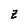
Character: z